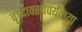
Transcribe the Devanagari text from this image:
वृध्दावस्थेपर्यंतच्या